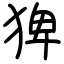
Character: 猈